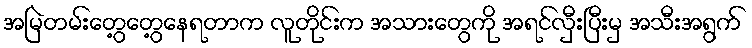
အမြဲတမ်းတွေ့တွေ့နေရတာက လူတိုင်းက အသားတွေကို အရင်လှီးပြီးမှ အသီးအရွက်